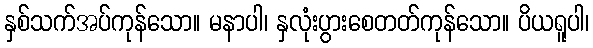
နှစ်သက်အပ်ကုန်သော။ မနာပါ၊ နှလုံးပွားစေတတ်ကုန်သော။ ပိယရူပါ၊